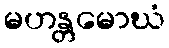
မဟန္တမောဃံ